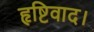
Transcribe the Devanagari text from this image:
हृष्टिवाद।